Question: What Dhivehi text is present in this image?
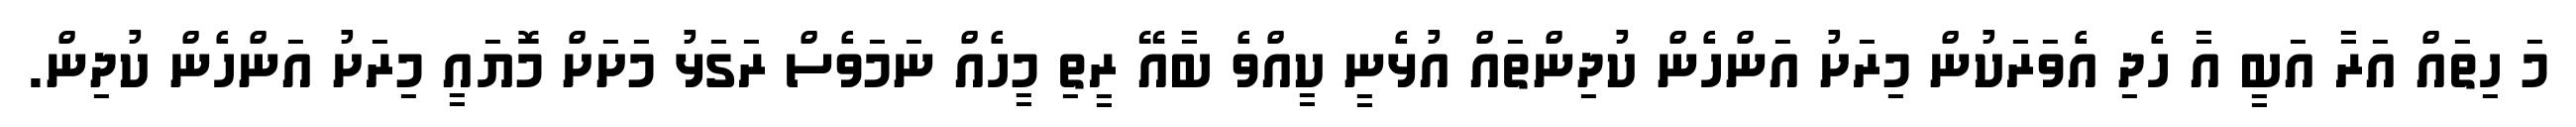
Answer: މަ ހިތައް އަރާ އަބީ އާ ހެދި އެވަރަކުން މިރަށު އަންހެން ކުދިންތައް އުޅެނީ ކީއްވެ ބާއޭ ރީތި މީހެއް ނަމަވެސް ރަގަޅު މަށަށް މޮޔައީ މިރަށު އަންހެން ކުދިން.